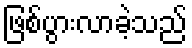
ဖြစ်ပွားလာခဲ့သည်